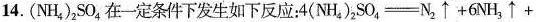
14.(NH_{4})_{2}SO_{4}在一定条件下发生如下反应：$$4 ( N H _ { 4 } ) _ { 2 } S O _ { 4 } = N _ { 2 } \uparrow + 6 N H _ { 3 } \uparrow +